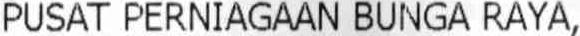
PUSAT PERNIAGAAN BUNGA RAYA,